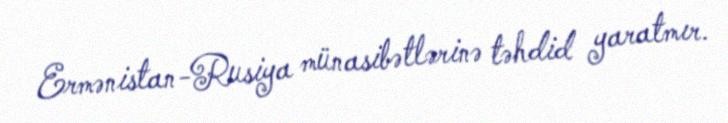
Ermənistan-Rusiya münasibətlərinə təhdid yaratmır.